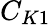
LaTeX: C_{K1}